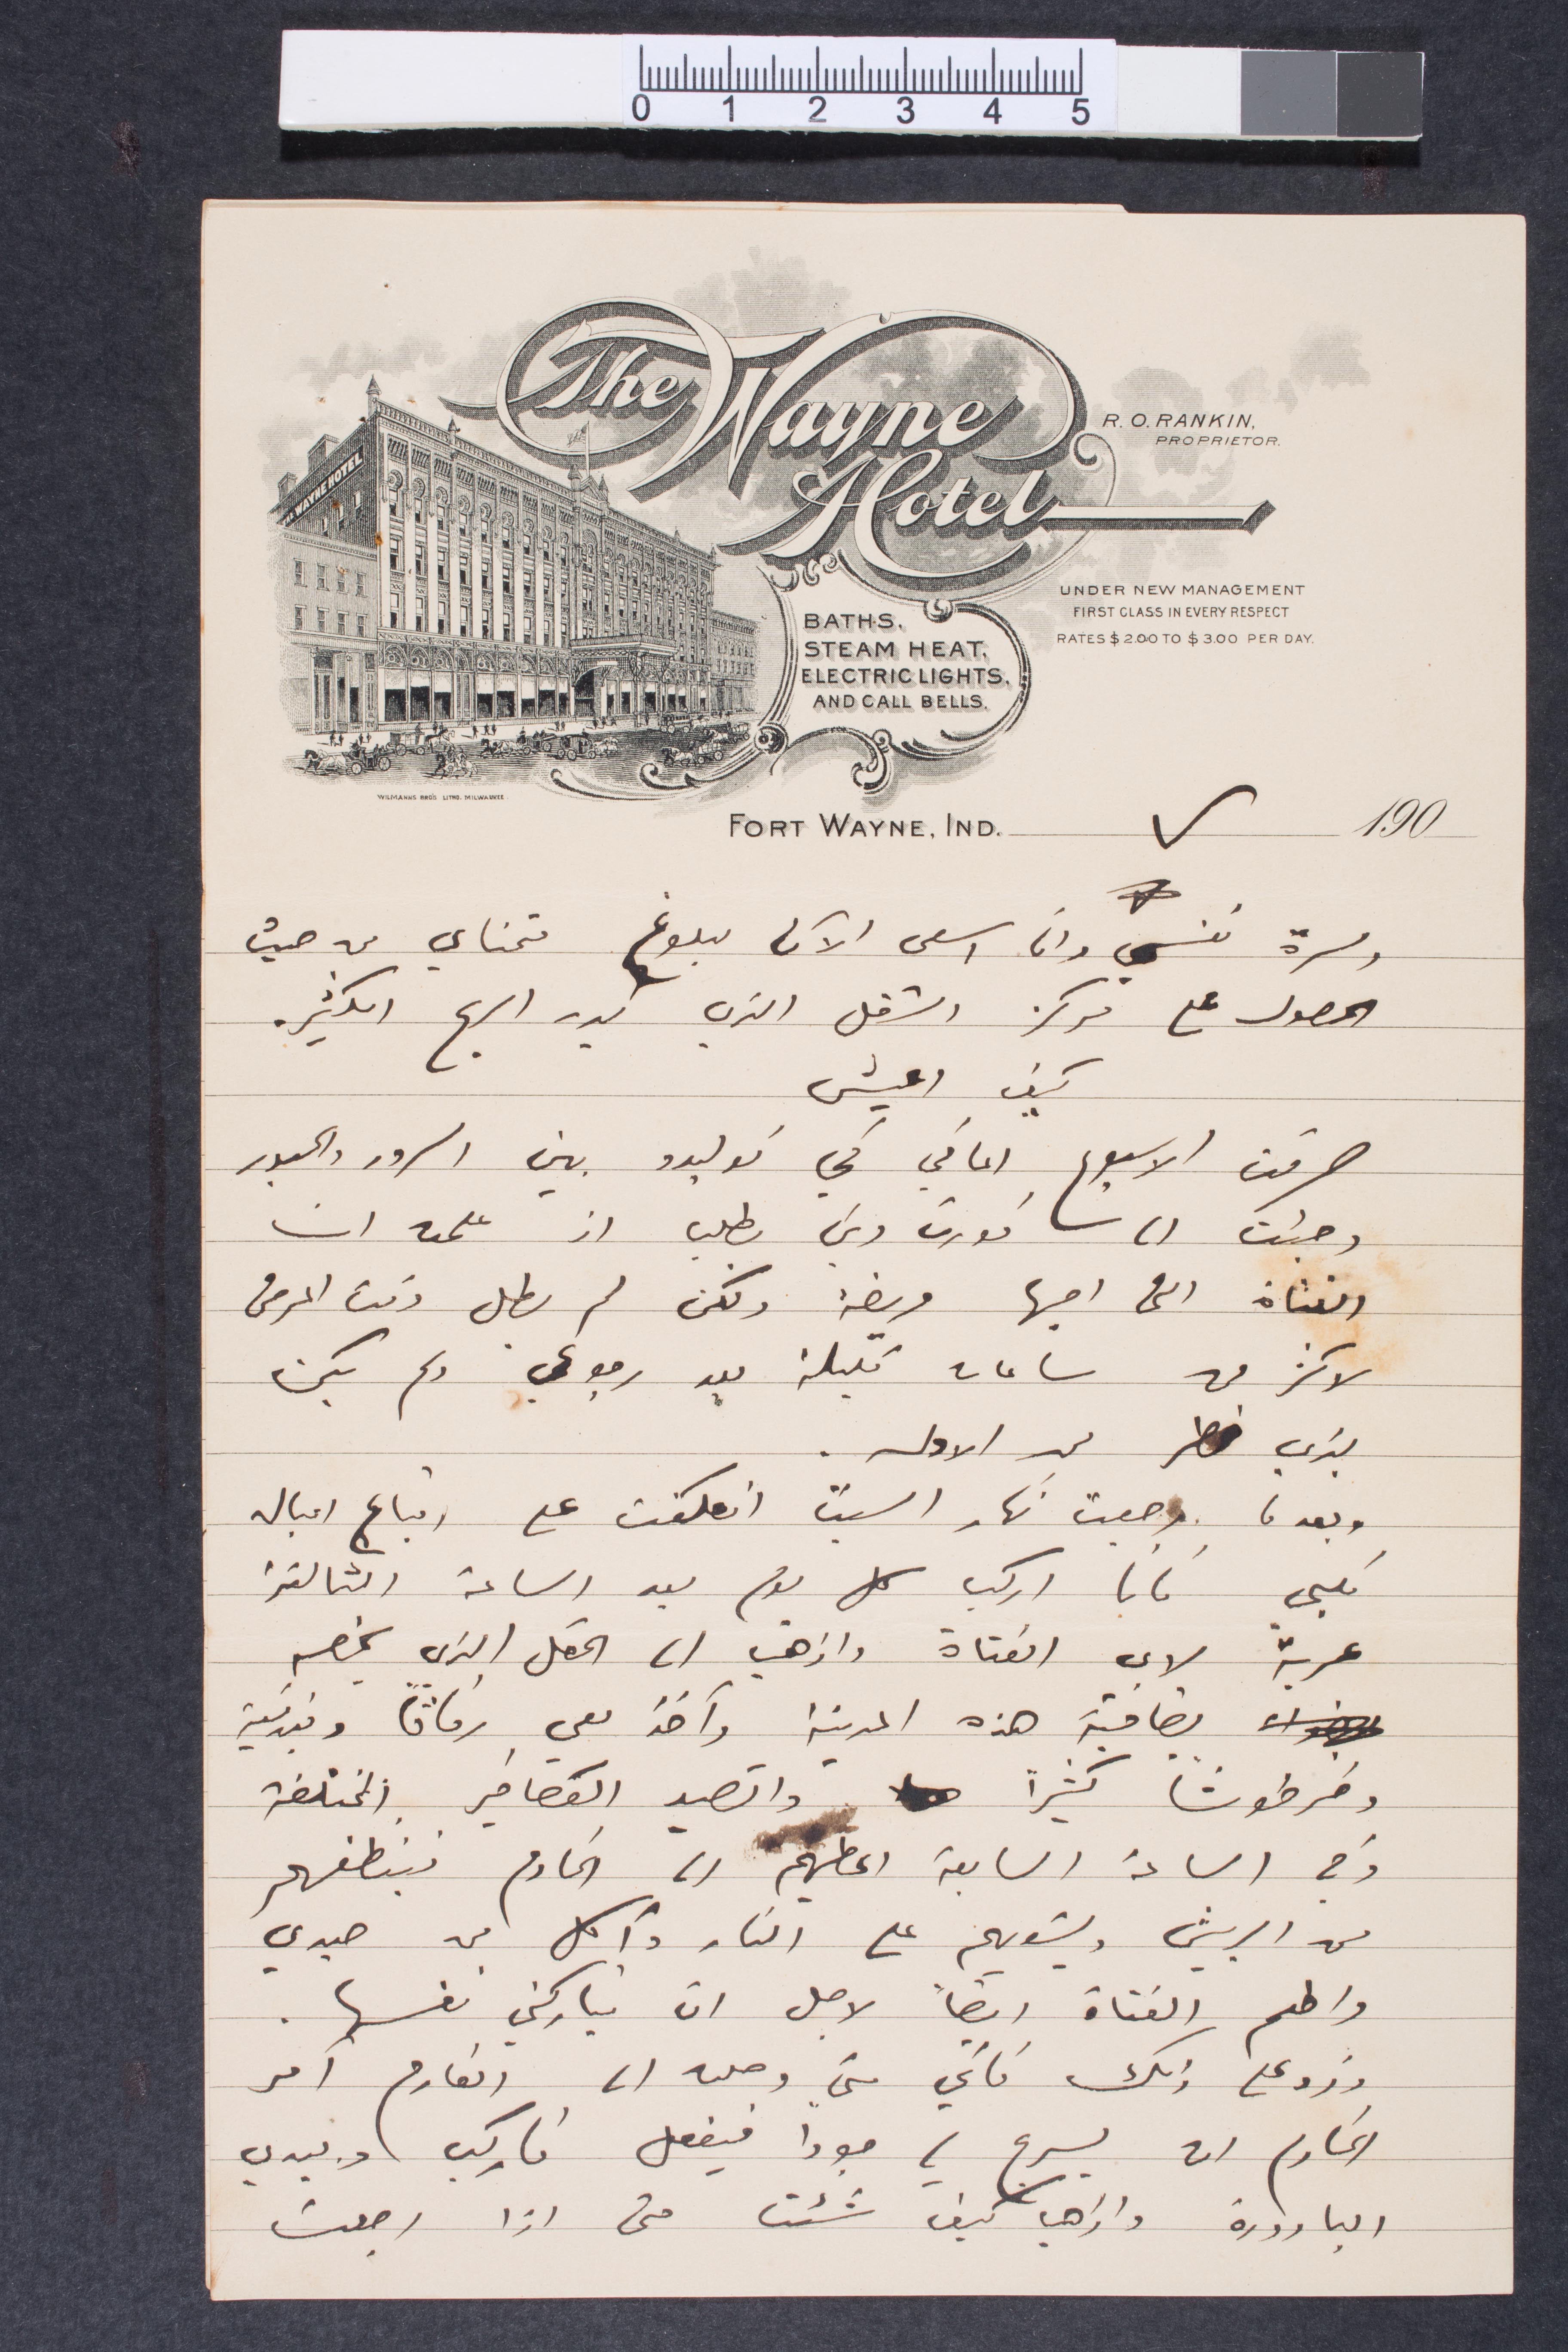
ومسرة نفسي وانا اسعى الآن لبلوغ متمناي من حيث
الحصول على مركز الشغل الذي يدر الربح الكثير.
كيف أعيش
صرفت الأسبوع الماضي في توليدو بين السرور والحبور
وجئت الى نورث وين ومن بطلب إذ علمت ان
الفتاة التي احبها مريضة ولكن لم يطل وقت المرض
لاكثر من ساعات قليلة بعد رجوعي ولم يكن
تبري خطر من الأولى
وبعد ما رجعت نهار السبت انعكفت على  اتباع اعبال
قلبي فانا اركب كل يوم بعد الساعة الثالثة
عربة لابي الفتاة واذهب الى الحقل الذي يخصه
بضاحية هذه المدينة وآخذ معي رفاقًا وبندقية
وخرطوشًا كثيرًا واتصيد العصافير المختلطة
وفي الساعة السابعة اعطيهم الى الخادم فينظفهم
من الريش ويشويهم على النار وآكل من صيدي
واطعم الفتاة ايضًا لأجل أن تباركني نفسها
وزود على ذلك فاني متى وصلت أي الخادم آمر
الخادم أن يسرح لي جودًا فيفعل فاركب وبيدي
البارودة واذهب كيف شئت متى اذا رجعت